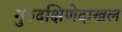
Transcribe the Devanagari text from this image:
गुरुदक्षिणेदाखल